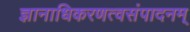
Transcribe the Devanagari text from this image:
ज्ञानाधिकरणत्वसंपादनम्